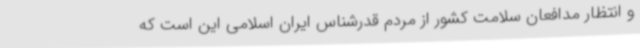
و انتظار مدافعان سلامت کشور از مردم قدرشناس ایران اسلامی این است که